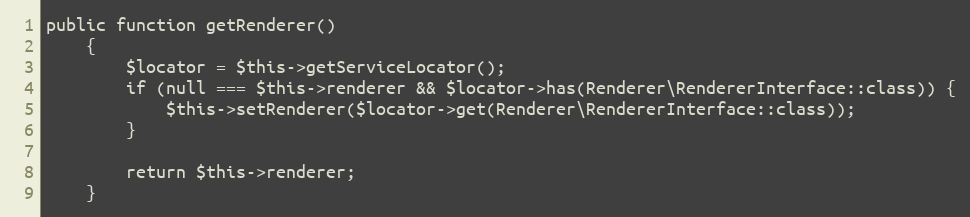
Language: PHP
public function getRenderer()
    {
        $locator = $this->getServiceLocator();
        if (null === $this->renderer && $locator->has(Renderer\RendererInterface::class)) {
            $this->setRenderer($locator->get(Renderer\RendererInterface::class));
        }

        return $this->renderer;
    }